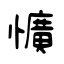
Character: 懭